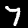
Label: 7